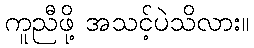
ကူညီဖို့ အသင့်ပဲသိလား။